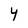
Character: 4